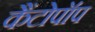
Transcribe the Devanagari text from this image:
कैंटोपॉप